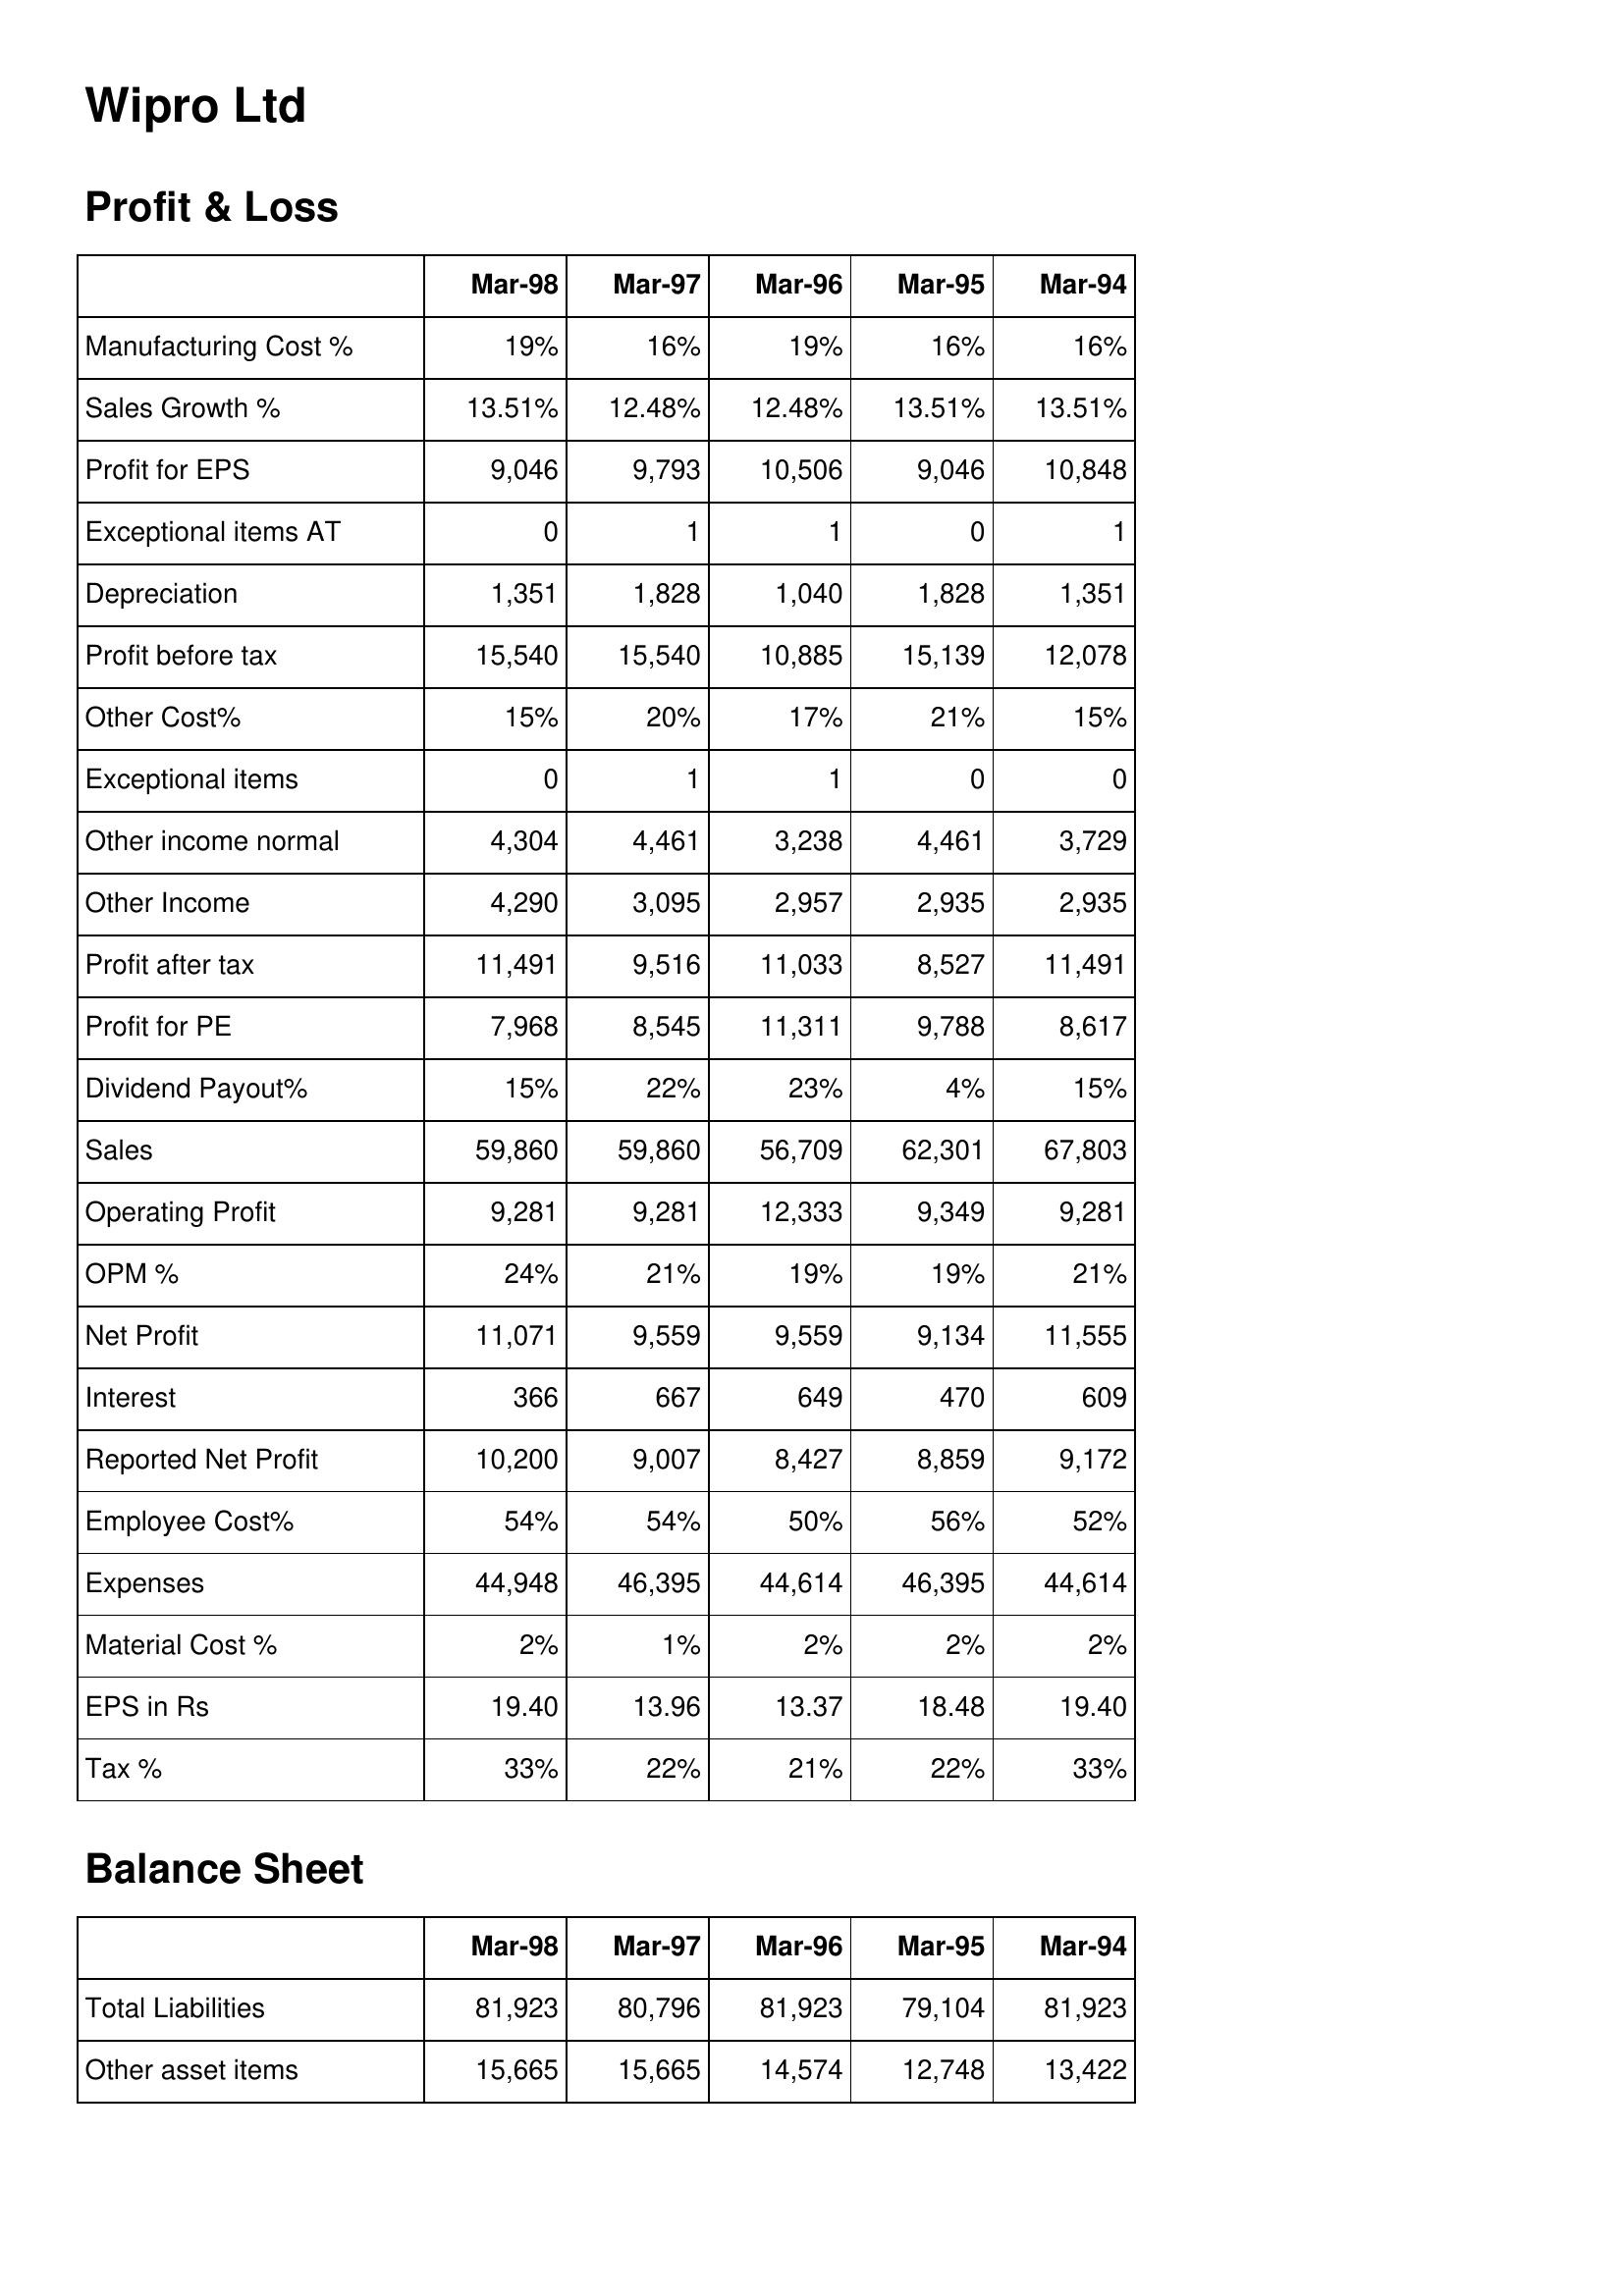
Mar-98: Profit & Loss: Manufacturing Cost %: 19%
Sales Growth %: 13.51%
Profit for EPS: 9,046
Exceptional items AT: 0
Depreciation: 1,351
Profit before tax: 15,540
Other Cost%: 15%
Exceptional items: 0
Other income normal: 4,304
Other Income: 4,290
Profit after tax: 11,491
Profit for PE: 7,968
Dividend Payout%: 15%
Sales: 59,860
Operating Profit: 9,281
OPM %: 24%
Net Profit: 11,071
Interest: 366
Reported Net Profit: 10,200
Employee Cost%: 54%
Expenses: 44,948
Material Cost %: 2%
EPS in Rs: 19.40
Tax %: 33%
Balance Sheet: Total Liabilities: 81,923
Other asset items: 15,665
Mar-97: Profit & Loss: Manufacturing Cost %: 16%
Sales Growth %: 12.48%
Profit for EPS: 9,793
Exceptional items AT: 1
Depreciation: 1,828
Profit before tax: 15,540
Other Cost%: 20%
Exceptional items: 1
Other income normal: 4,461
Other Income: 3,095
Profit after tax: 9,516
Profit for PE: 8,545
Dividend Payout%: 22%
Sales: 59,860
Operating Profit: 9,281
OPM %: 21%
Net Profit: 9,559
Interest: 667
Reported Net Profit: 9,007
Employee Cost%: 54%
Expenses: 46,395
Material Cost %: 1%
EPS in Rs: 13.96
Tax %: 22%
Balance Sheet: Total Liabilities: 80,796
Other asset items: 15,665
Mar-96: Profit & Loss: Manufacturing Cost %: 19%
Sales Growth %: 12.48%
Profit for EPS: 10,506
Exceptional items AT: 1
Depreciation: 1,040
Profit before tax: 10,885
Other Cost%: 17%
Exceptional items: 1
Other income normal: 3,238
Other Income: 2,957
Profit after tax: 11,033
Profit for PE: 11,311
Dividend Payout%: 23%
Sales: 56,709
Operating Profit: 12,333
OPM %: 19%
Net Profit: 9,559
Interest: 649
Reported Net Profit: 8,427
Employee Cost%: 50%
Expenses: 44,614
Material Cost %: 2%
EPS in Rs: 13.37
Tax %: 21%
Balance Sheet: Total Liabilities: 81,923
Other asset items: 14,574
Mar-95: Profit & Loss: Manufacturing Cost %: 16%
Sales Growth %: 13.51%
Profit for EPS: 9,046
Exceptional items AT: 0
Depreciation: 1,828
Profit before tax: 15,139
Other Cost%: 21%
Exceptional items: 0
Other income normal: 4,461
Other Income: 2,935
Profit after tax: 8,527
Profit for PE: 9,788
Dividend Payout%: 4%
Sales: 62,301
Operating Profit: 9,349
OPM %: 19%
Net Profit: 9,134
Interest: 470
Reported Net Profit: 8,859
Employee Cost%: 56%
Expenses: 46,395
Material Cost %: 2%
EPS in Rs: 18.48
Tax %: 22%
Balance Sheet: Total Liabilities: 79,104
Other asset items: 12,748
Mar-94: Profit & Loss: Manufacturing Cost %: 16%
Sales Growth %: 13.51%
Profit for EPS: 10,848
Exceptional items AT: 1
Depreciation: 1,351
Profit before tax: 12,078
Other Cost%: 15%
Exceptional items: 0
Other income normal: 3,729
Other Income: 2,935
Profit after tax: 11,491
Profit for PE: 8,617
Dividend Payout%: 15%
Sales: 67,803
Operating Profit: 9,281
OPM %: 21%
Net Profit: 11,555
Interest: 609
Reported Net Profit: 9,172
Employee Cost%: 52%
Expenses: 44,614
Material Cost %: 2%
EPS in Rs: 19.40
Tax %: 33%
Balance Sheet: Total Liabilities: 81,923
Other asset items: 13,422